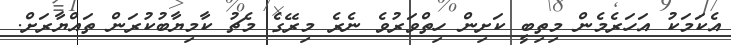
އެކަމަކު އަހަރެމެން މިތިބީ ކަށިން ހިތްވަރުވެ ނެރެ މިރޭގެ މެޗު ކާމިޔާބުކުރަން ތައްޔާރަށް.